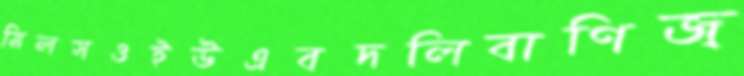
মিলসওইউএবদলিবাণিজ্